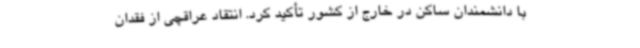
با دانشمندان ساکن در خارج از کشور تأکید کرد. انتقاد عراقچی از فقدان